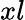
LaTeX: xl